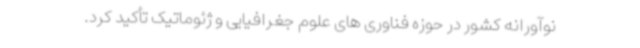
نوآورانه کشور در حوزه فناوری های علوم جغرافیایی و ژئوماتیک تأکید کرد.